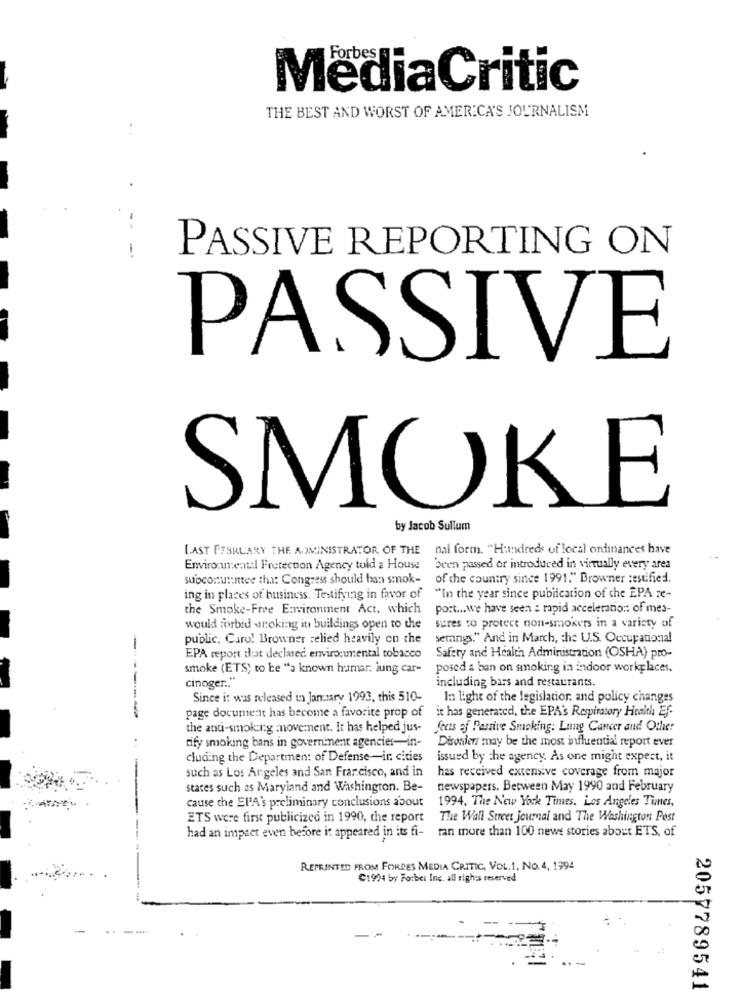
MediaCritic
THE BEST AND WORST OF AMERICA'S JOURNALISM
-
-
PASSIVE REPORTING ON
PASSIVE
SMOKE
by Jacob Sullum
LAST FEBRUARY THE ADMINISTRATOR OF THE
nal form. "Hundreds of local ordinances have
Environmental Protection Agency told a House
been passed or introduced in virtually every area
subconu:untee tha: Congress should ban smok-
of the country since 1991." Browner testified.
ing in places of business. Testifying in favor of
"In the year since publication of the EPA re-
the Smoke-Free Environment Act. which
port ... we have seen a rapid acceleration of mes-
would forbid wroking it buildings open to the
sures to protect non-smokers in a variety of
public. Caro! Browner relied heavily on the
semings." And in March, the U.S. Occupational
-
EPA report that declared. environmental tobacco
Safety and Health Administration (OSHA) pro-
smoke (ETS) to be "a known hamar. jung car-
posed & ban on smoking in indoor workplaces.
cinoger .. "
including bars and restaurants.
Since i: was released in January 1993, this 510-
In light of the legislation. and policy changes
it has generated, the EPA's Respiratory Health Ef-
page document has become a favorite prop of
the anti-smoking movement. It has helped jus- fects of Passive Smoking: Lung Cancer and Other
tify smoking bans in government agencies-in-
Disonders may be the most influential report ever
cluding the Department of Defense -- in cities
issued by the agency. As one might expect, it
such as Los Angeles and San Francisco, and in
has received extensive coverage from major
states such as Maryland and Washington. Be-
newspapers. Between May 1990 and February
cause the EPA's preliminary conclusions about
1994, The New York Times. Los Angeles Times,
ETS were first publicized in 1990, the report
The Wall Street Journal and The Washington Post
ran more than 100 news stories about ETS, of
had an impact even before it appeared in its fi-
REPRINTED FROM FORCES MEDIA CRITIC, VOL.1, NO. 4. 1994
C1994 by Forbes Inc. all rights reserved
2057789541